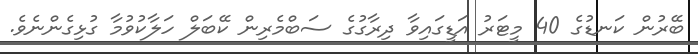
ބޭރުން ކަނޑުގެ 40 މީޓަރު އަޑީގައިވާ ދިރާގުގެ ސަބްމެރިން ކޭބަލް ހަލާކުވުމާ ގުޅިގެންނެވެ.